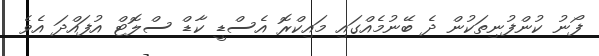
ފޯނު ކުންފުނިތަކުން ދެ ބޭނުމެއްގައި މައިކްރޮ އެސްޑީ ކާޑް ސްލޮޓް އުފައްދަ އެވެ